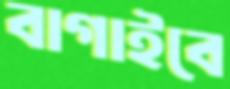
বাগাইবে